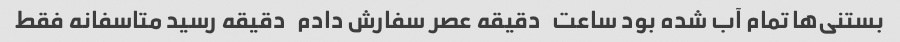
بستنی‌ها تمام آب شده بود ساعت   دقیقه عصر سفارش دادم   دقیقه رسید متاسفانه فقط